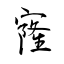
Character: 窿